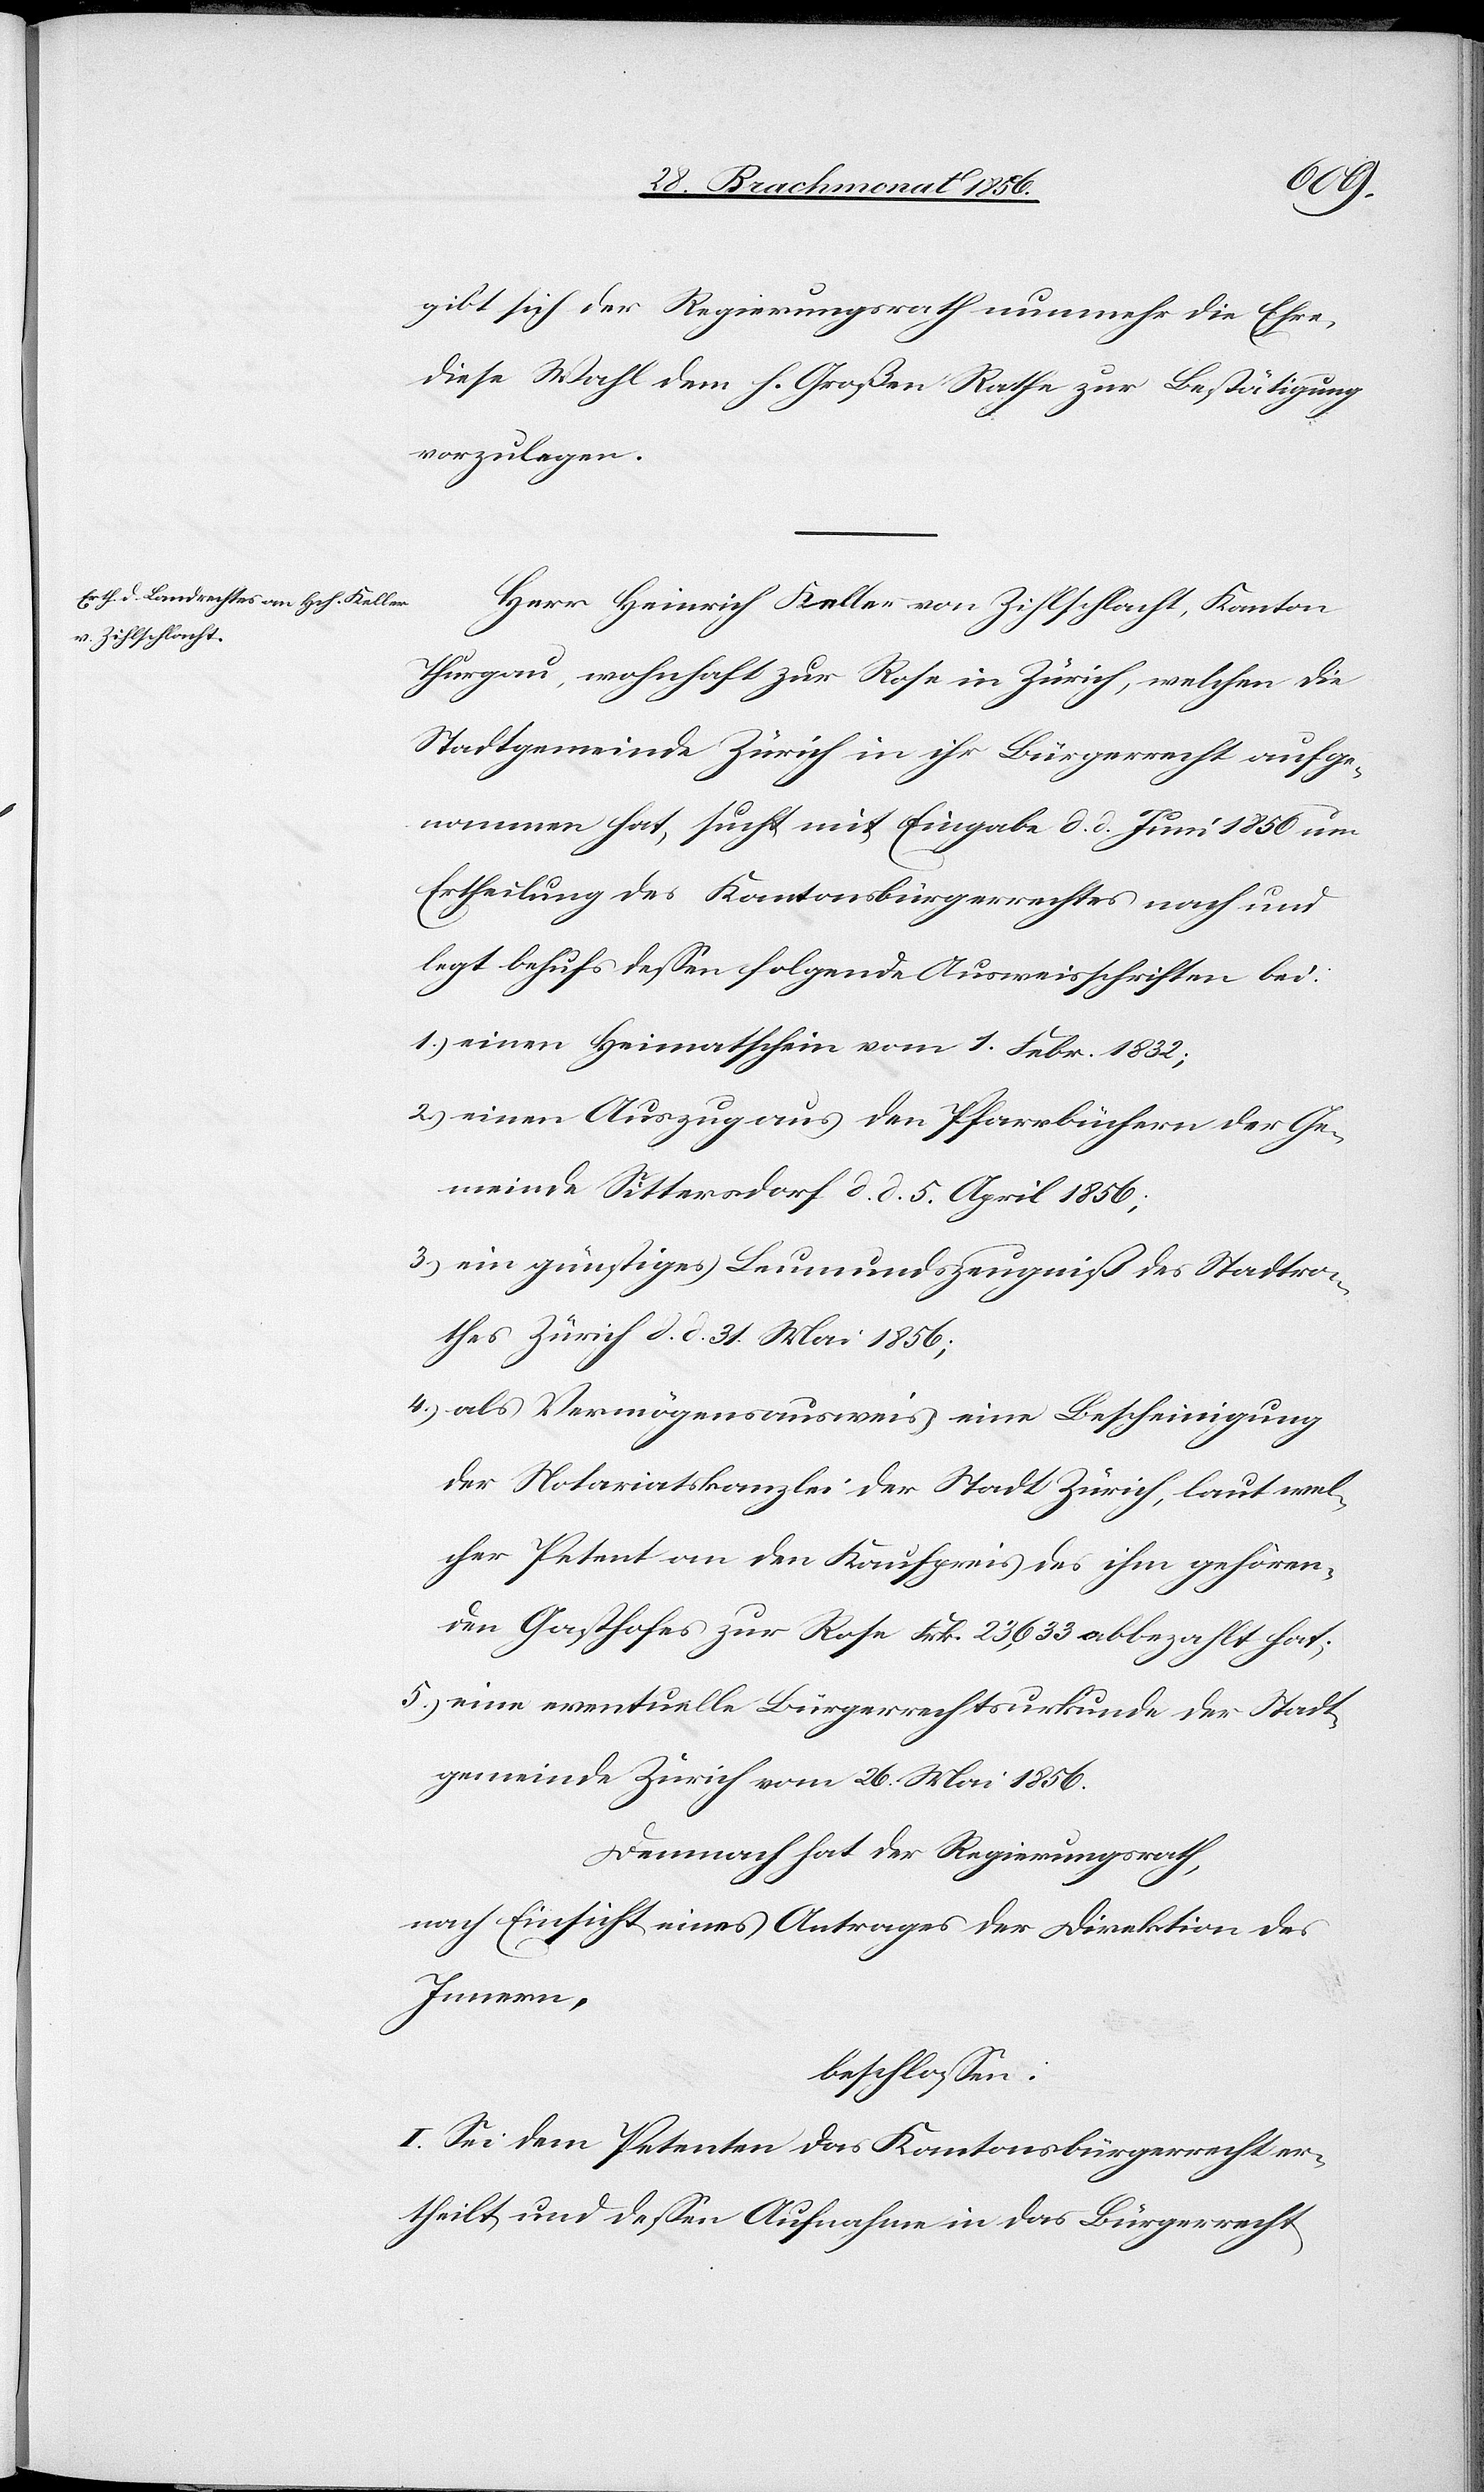
gibt sich der Regierungsrath nunmehr die Ehre,
diese Wahl dem h. Großen Rathe zur Bestätigung
vorzulegen.
Herr Heinrich Keller von Zihlschlacht, Kanton
Thurgau, wohnhaft zur Rose in Zürich, welchen die
Stadtgemeinde Zürich in ihr Bürgerrecht aufge¬
nommen hat, sucht mit Eingabe d. d. Juni 1850 um
Ertheilung des Kantonsbürgerrechtes nach und
legt behufs dessen folgende Ausweisschriften bei:
1.) einen Heimatschein vom 1. Febr. 1832;
2.) einen Auszug aus den Pfarrbüchern der Ge¬
meinde Sittersdorf d. d. 5. April 1856;
3.) ein günstiges Leumundszeugniß des Stadtra¬
thes Zürich d. d. 31. Mai 1856;
4.) als Vermögensausweis eine Bescheinigung
der Notariatskanzlei der Stadt Zürich, laut wel¬
cher Petent an den Kaufpreis des ihm gehören¬
den Gasthofes zur Rose Frk. 23,633 abbezahlt hat;
5.) eine eventuelle Bürgerrechtsurkunde der Stadt¬
gemeinde Zürich vom 26. Mai 1856.
Demnach hat der Regierungsrath,
nach Einsicht eines Antrages der Direktion des
Innern,
beschlossen:
I. Sei dem Petenten das Kantonsbürgerrecht er¬
theilt und dessen Aufnahme in das Bürgerrecht